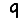
Digit: 9